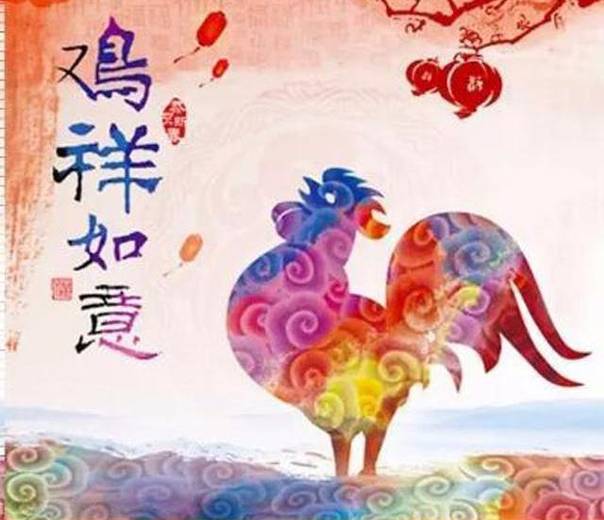
其身正，不令而行其身不正，虽令不从。